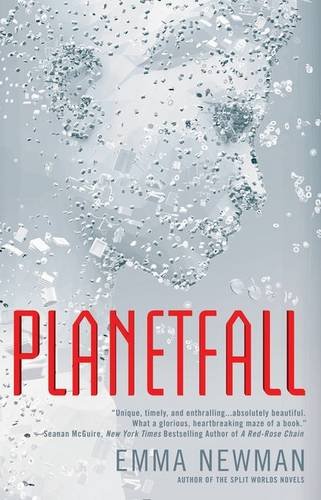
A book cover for Planetfall; Emma Newman; Science Fiction & Fantasy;